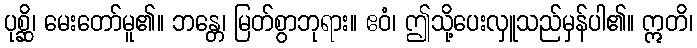
ပုစ္ဆိ၊ မေးတော်မူ၏။ ဘန္တေ၊ မြတ်စွာဘုရား။ ဧဝံ၊ ဤသို့ပေးလှူသည်မှန်ပါ၏။ ဣတိ၊